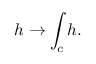
h \to \int _ { c } h .